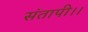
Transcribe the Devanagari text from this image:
संतापी।।